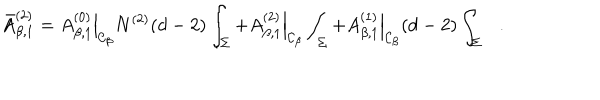
\bar { A } _ { \beta , 1 } ^ { ( 2 ) } = \left. A _ { \beta , 1 } ^ { ( 0 ) } \right| _ { { \cal C } _ { \beta } } N ^ { ( 2 ) } ( d - 2 ) \int _ { \Sigma } + \left. A _ { \beta , 1 } ^ { ( 2 ) } \right| _ { { \cal C } _ { \beta } } \int _ { \Sigma } + \left. A _ { \beta , 1 } ^ { ( 1 ) } \right| _ { { \cal C } _ { \beta } } ( d - 2 ) \int _ { \Sigma } .